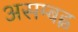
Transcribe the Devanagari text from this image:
असम्बह्व